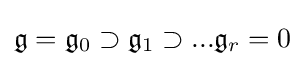
{\mathfrak {g}}={\mathfrak {g}}_{0}\supset {\mathfrak {g}}_{1}\supset ...{\mathfrak {g}}_{r}=0